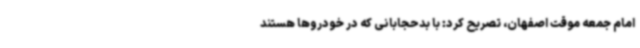
امام جمعه موقت اصفهان، تصریح کرد: با بدحجابانی که در خودروها هستند